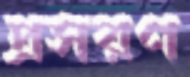
প্রসরণ